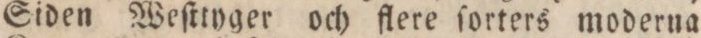
Siden Weſtryger och flere ſorters moderna